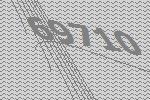
69710